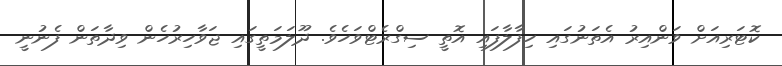
ކޮޓަރިއަށް ވަންއިރު އެތަނުގައި ހިފާލާފައި އޮތީ ސިގްރެޓްވަހެވެ. ދޫލަމަތީގައި ޖަވާހިރުހެން ވިދާތަން ފެނުނީ